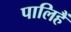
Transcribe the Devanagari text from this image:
पालिहैं